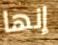
إنها